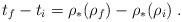
LaTeX: \begin{align*}t_f - t_i = \rho_*(\rho_f) - \rho_*(\rho_i) \; .\end{align*}